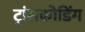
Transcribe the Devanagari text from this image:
ट्रांसकोडिंग